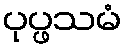
ပုပ္ဖသမံ